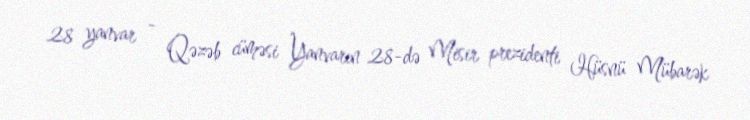
28 yanvar - Qəzəb cüməsi Yanvarın 28-də Misir prezidenti Hüsnü Mübarək